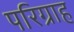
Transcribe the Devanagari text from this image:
परिग्राह